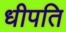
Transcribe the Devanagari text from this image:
धीपति